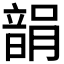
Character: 𩐪